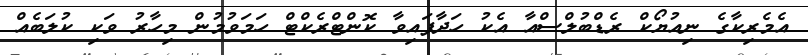
އެމެރިކާގެ ނިއުޔޯކް ރެޑްބުލްސްއާ އެކު ހަދާފައިވާ ކޮންޓްރެކްޓް ހަމަވުމުން މިހާރު ވަކި ކުލަބެއް